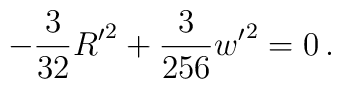
- \frac{3}{32}{R'}^2+ \frac{3}{256}{w'}^2 =0\,.